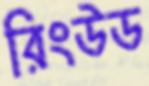
রিংউড